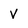
Character: v